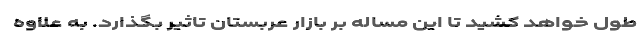
طول خواهد کشید تا این مساله بر بازار عربستان تاثیر بگذارد. به علاوه